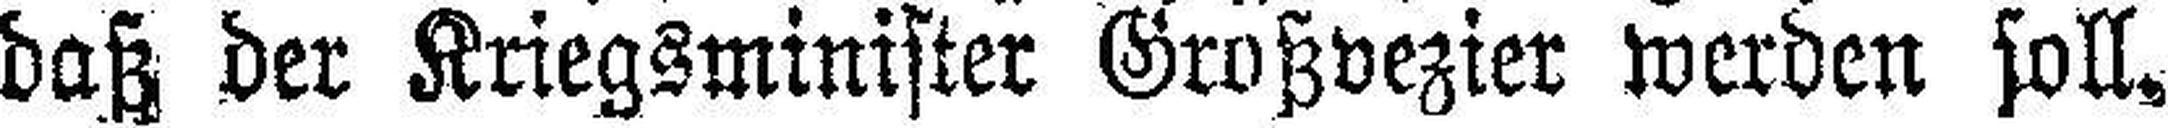
daß der Kriegsminister Großvezier werden soll.